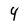
Character: 4